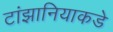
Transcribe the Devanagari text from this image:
टांझानियाकडे